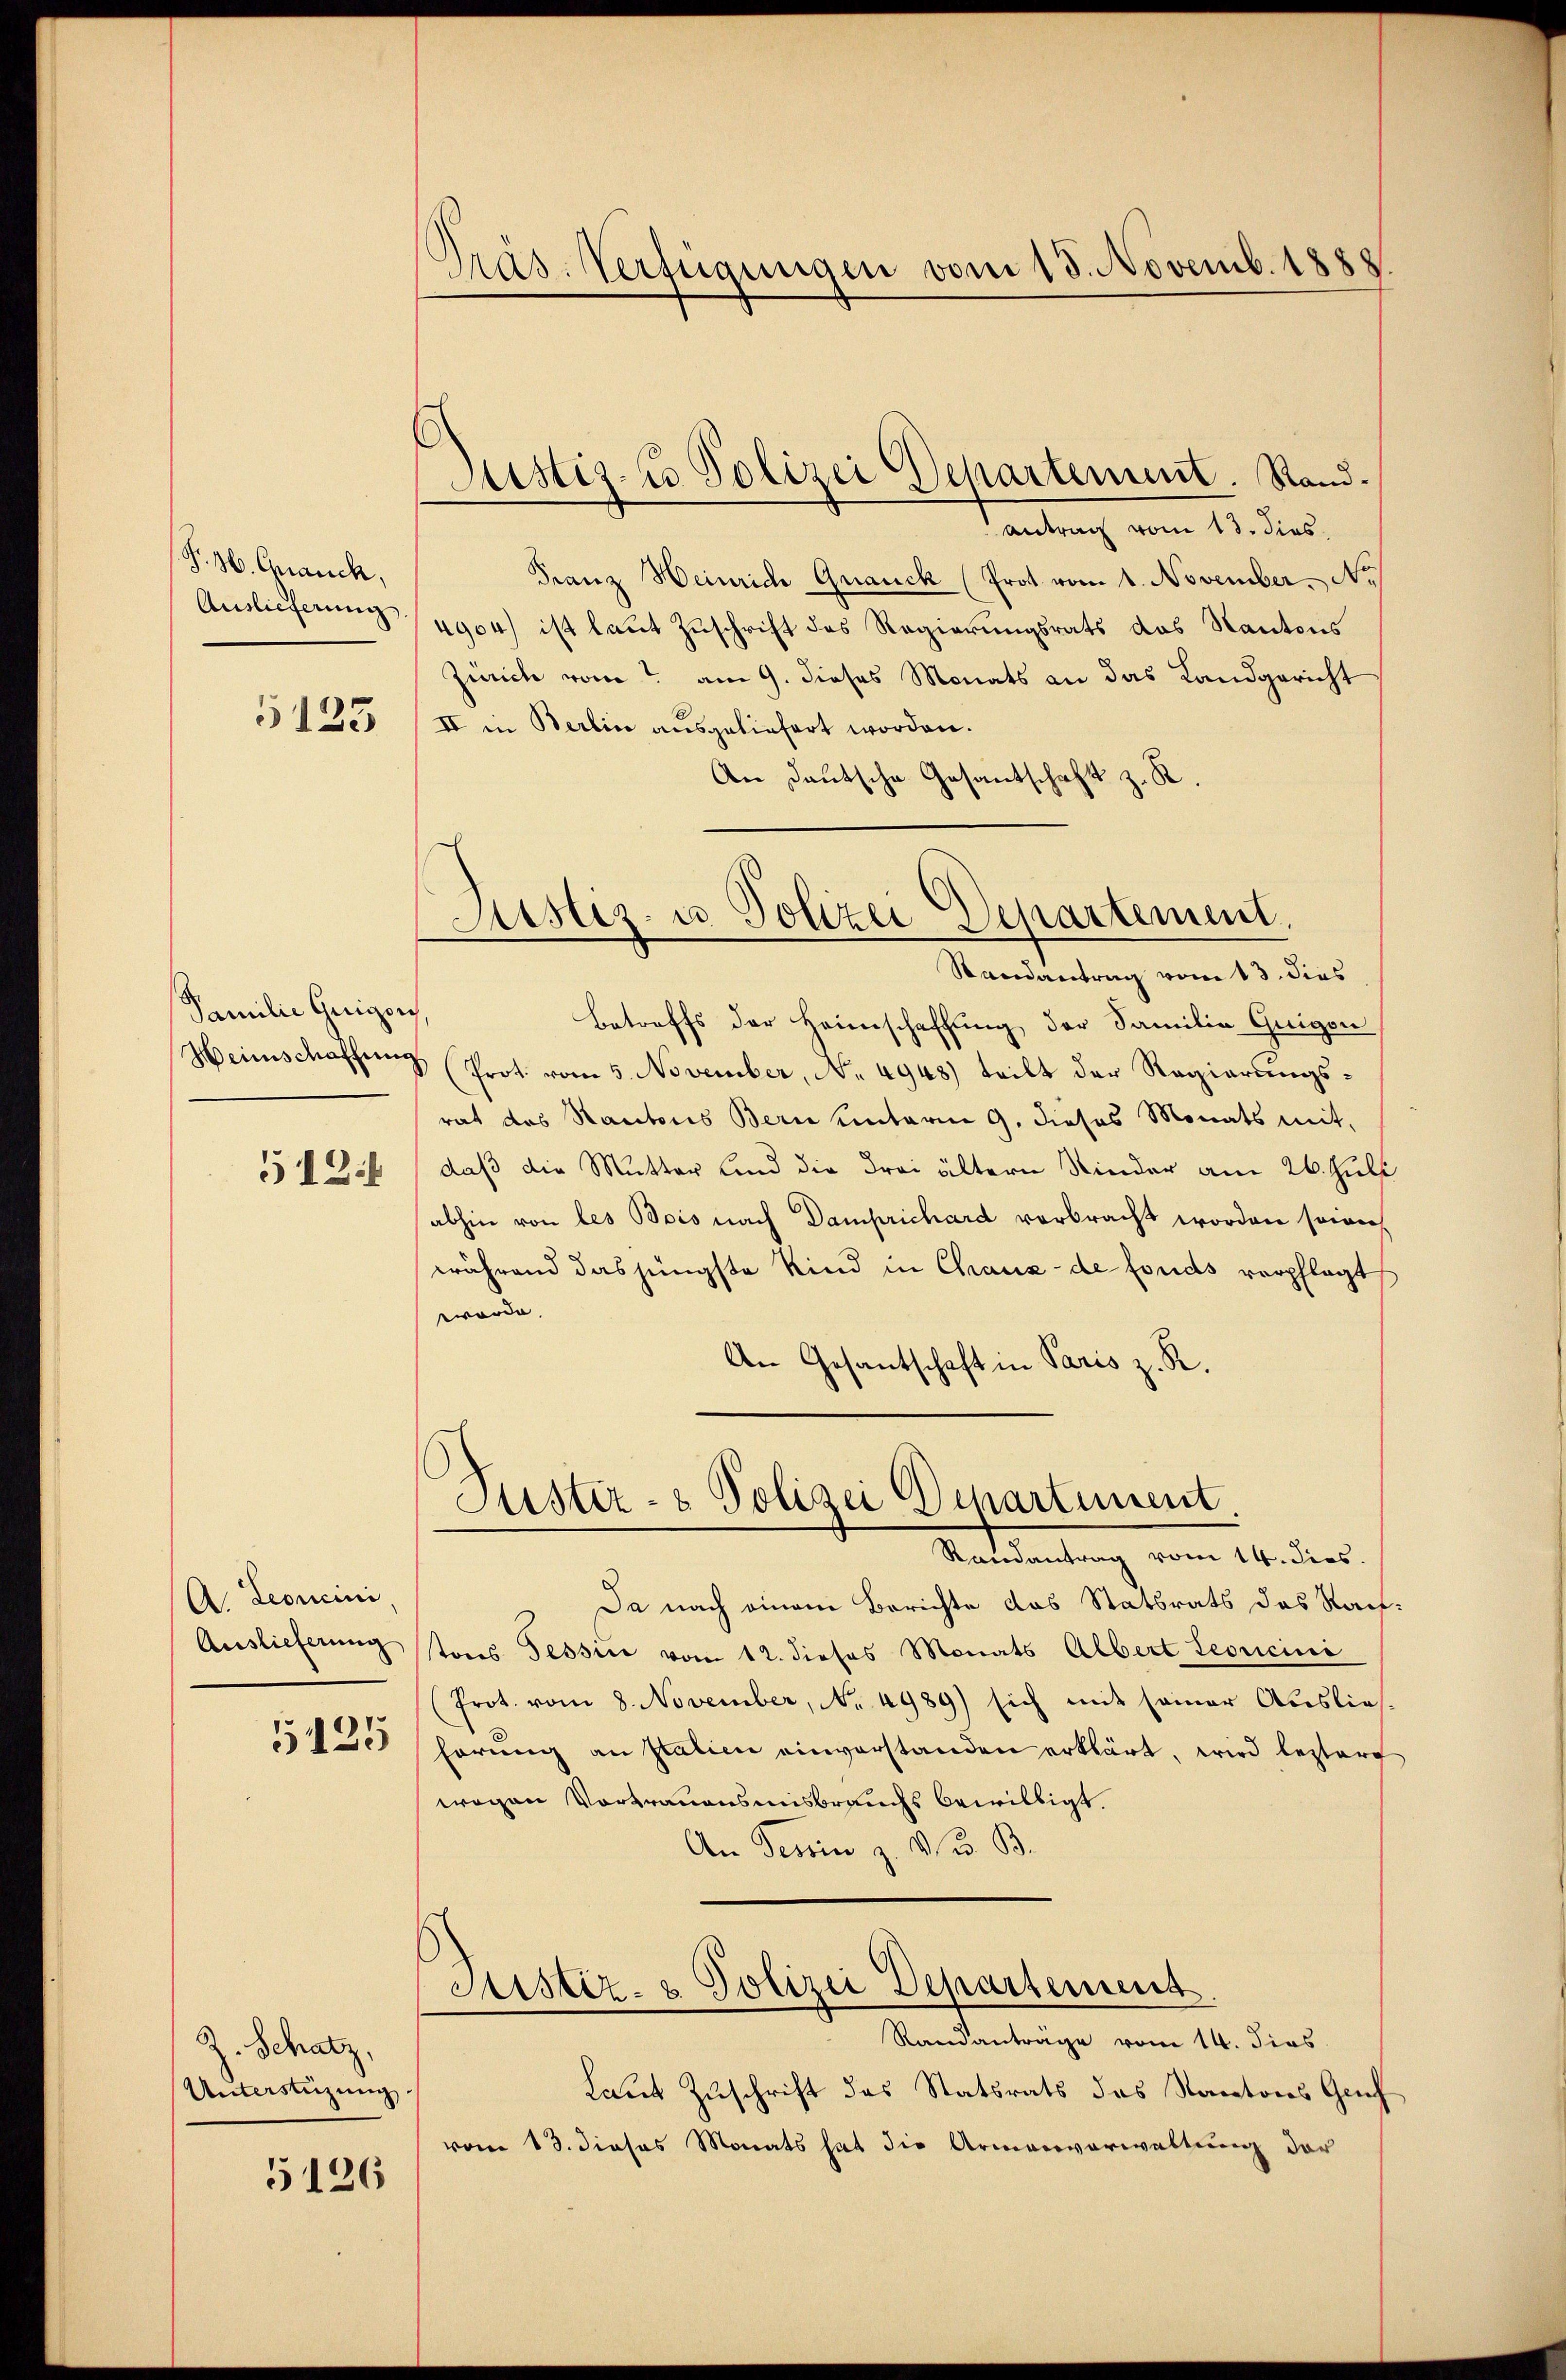
P. H. Grauch,
Auslieferung

5123

Familie Guigon
Weinschaffung
512.

A. Leoncini
Auslieferung
5125

Z. Schatz,
Unterstüzung

5126

Präs. Verfügungen vom 18. Novemb. 1888

Justiz- u Polizei Departement. Rand.

antrag vom 13. dies
Franz Heinrich Granck (Prot vom 1. November. No
4904) ist laut Zuschrift des Regierungsrats das Kantons
Zürich vom 2. am 9. dieses Monats an das Landgericht
II in Berlin ausgeliefert worden.
An Deutsche Gesantschaft z. R.

Justiz- u. Polizei Departement.

Randantrag vom 13. dies
Betreffs der Heimschaffung der Familie Guigon
(Prot. vom 5. November, No. 4948) teilt der Regierungsrat des Rautons Bern hinterm 9. dieses Monats mit,
daß die Mutter Kind die Frei ältern Kinder am 26. Juli
abhin von les Bois nach Damprichard verbracht worden sowie
während das jüngste Kind in Chaux-de fonds verpflegt
worde.
An Gesantschaft in Paris z. R.

Puster- & Polizei Departement.

Ramantrag vom 14. dies
Da nach einem Berichte das Statsrats des Rausreis Tessine vom 12. dieses Monats Albert Leoricini
(Prot. vom 8. November, No 4989) sich mit seiner Ausliehörung an statien einverstanden erklärt, wird lezter
wegen Vortrauensmisbrauchs bewilligt.
An Tessin z. B. G. B.
Justiz- & Polizei Departement
Standantrage vom 14. dies
Laut Zuschrift des Statsrats des Staatons Gruf
vom 13. dieses Monats hat die Armenverwaltung der